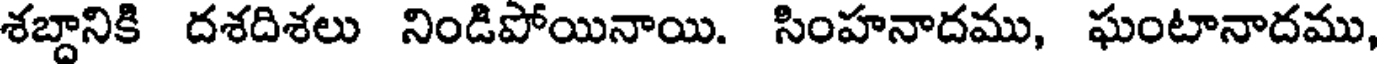
శబ్దానికి దశదిశలు నిండిపోయినాయి. సింహనాదము, ఘంటానాదము,